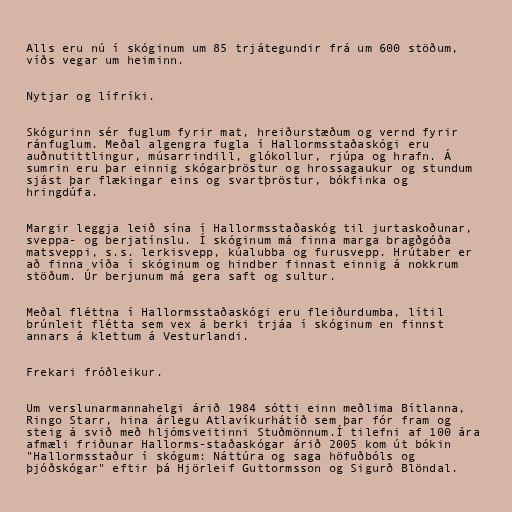
Alls eru nú í skóginum um 85 trjátegundir frá um 600 stöðum,
víðs vegar um heiminn.

Nytjar og lífríki.

Skógurinn sér fuglum fyrir mat, hreiðurstæðum og vernd fyrir
ránfuglum. Meðal algengra fugla í Hallormsstaðaskógi eru
auðnutittlingur, músarrindill, glókollur, rjúpa og hrafn. Á
sumrin eru þar einnig skógarþröstur og hrossagaukur og stundum
sjást þar flækingar eins og svartþröstur, bókfinka og
hringdúfa.

Margir leggja leið sína í Hallormsstaðaskóg til jurtaskoðunar,
sveppa- og berjatínslu. Í skóginum má finna marga bragðgóða
matsveppi, s.s. lerkisvepp, kúalubba og furusvepp. Hrútaber er
að finna víða í skóginum og hindber finnast einnig á nokkrum
stöðum. Úr berjunum má gera saft og sultur.

Meðal fléttna í Hallormsstaðaskógi eru fleiðurdumba, lítil
brúnleit flétta sem vex á berki trjáa í skóginum en finnst
annars á klettum á Vesturlandi.

Frekari fróðleikur.

Um verslunarmannahelgi árið 1984 sótti einn meðlima Bítlanna,
Ringo Starr, hina árlegu Atlavíkurhátíð sem þar fór fram og
steig á svið með hljómsveitinni Stuðmönnum.Í tilefni af 100 ára
afmæli friðunar Hallorms-staðaskógar árið 2005 kom út bókin
"Hallormsstaður í skógum: Náttúra og saga höfuðbóls og
þjóðskógar" eftir þá Hjörleif Guttormsson og Sigurð Blöndal.